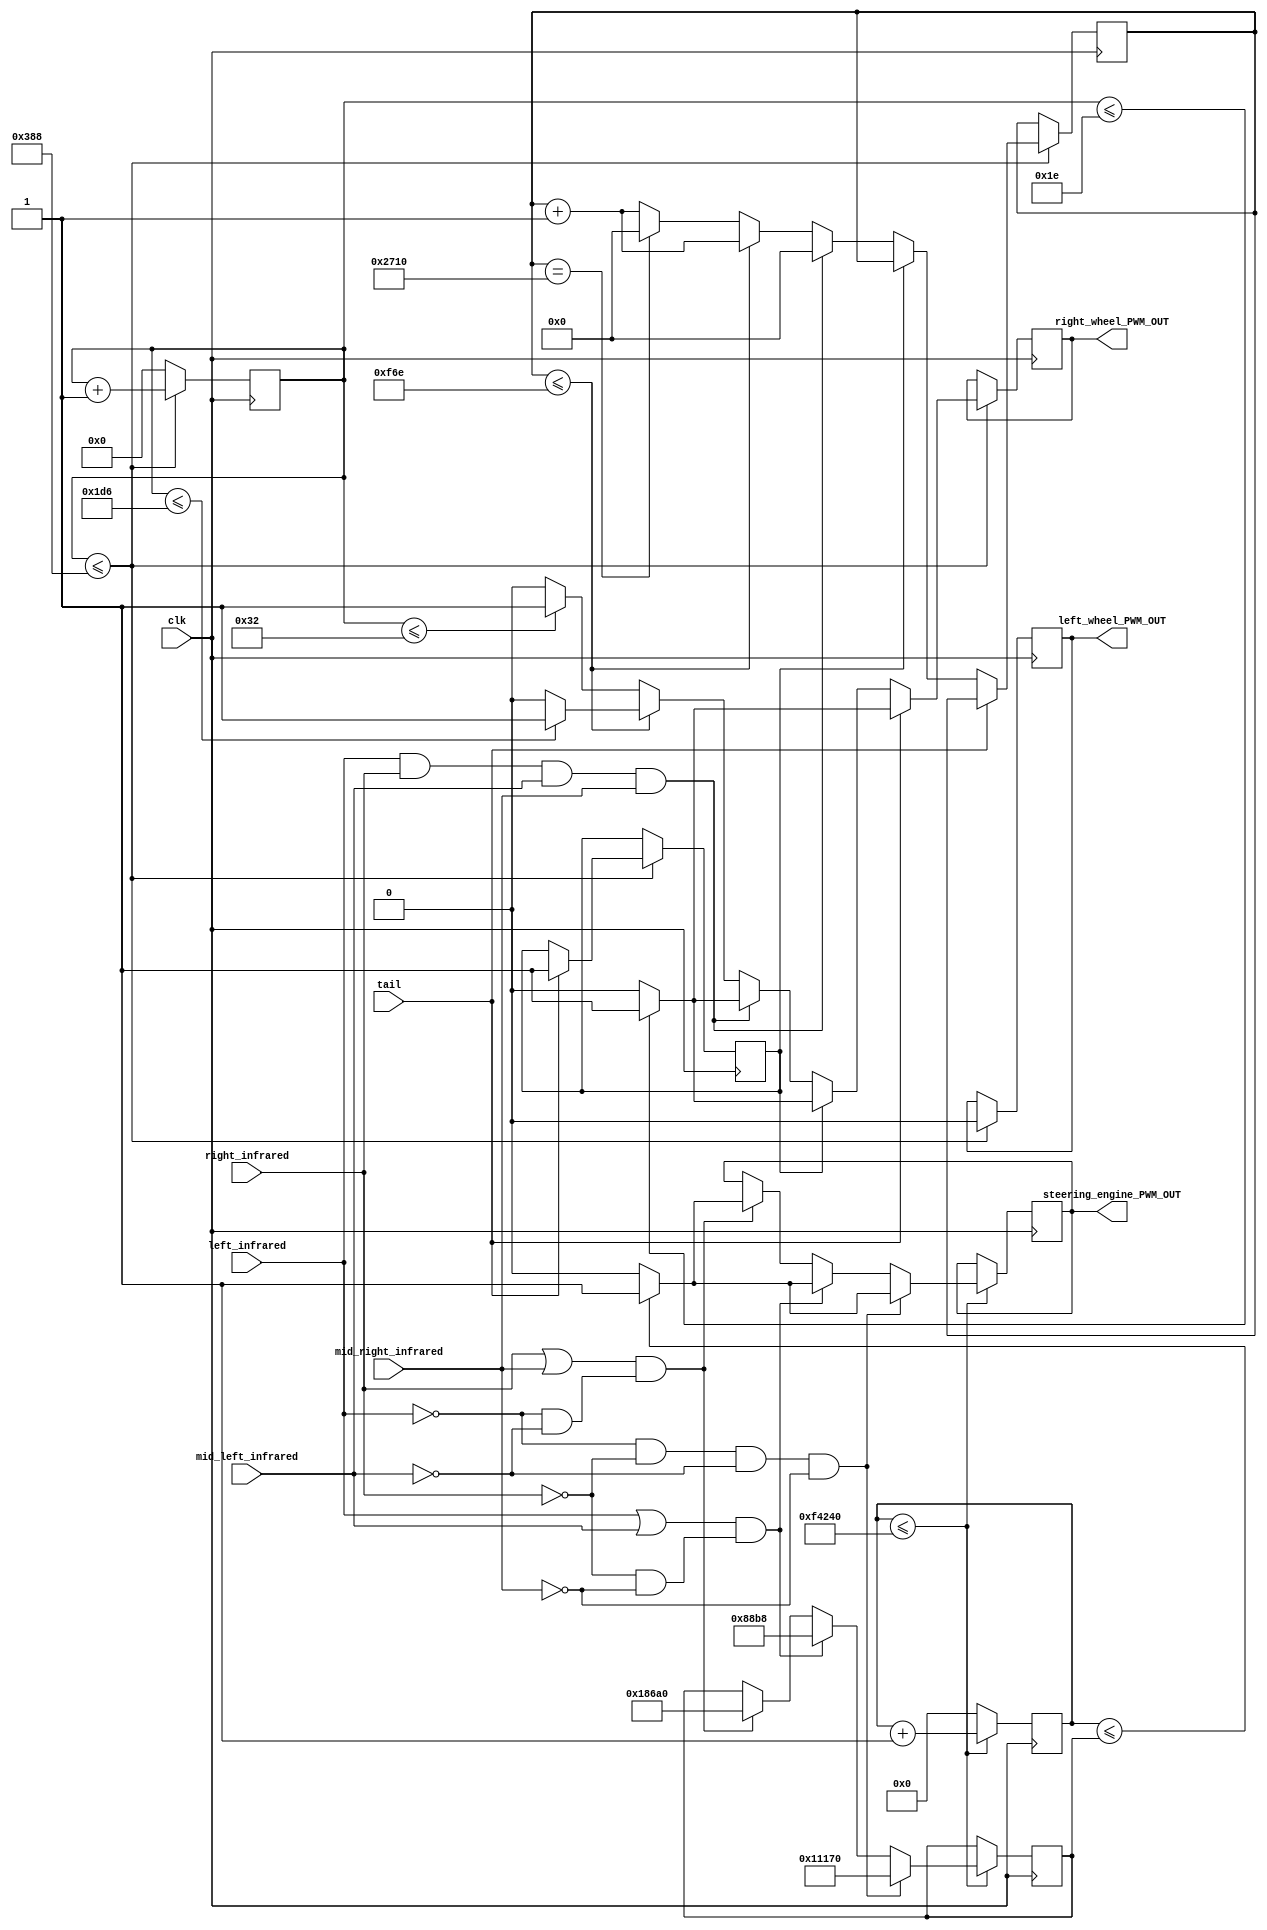
module xunji(clk,left_wheel_PWM_OUT,right_wheel_PWM_OUT,steering_engine_PWM_OUT,left_infrared,right_infrared,mid_right_infrared,mid_left_infrared,tail);

input		clk;
input		right_infrared;
input 	left_infrared; 
input		mid_right_infrared;
input		mid_left_infrared;
input    tail;
/*************************************************************************************************************************/

output reg right_wheel_PWM_OUT;
output reg left_wheel_PWM_OUT;
output reg steering_engine_PWM_OUT;
/**********************************************************************************************************/
reg   [19:0] 	steering_PWM_counter;
reg   [19:0] 	steering_PWM_counter_out;
reg   [9:0]		wheel_PWM_OUT;
reg	[25:0] cnt;
reg   flag;
reg [13:0]start5;
initial
	begin
		start5 <= 0;
		flag=0;
	end
	
	
always @(posedge clk)							//后轮输出控制
begin 
	if(wheel_PWM_OUT <= 10'd5000)
		begin
		wheel_PWM_OUT <= wheel_PWM_OUT + 1'b1;

		if (tail==1'b1)
		begin
		flag = 1;
		if(wheel_PWM_OUT<=10'd30)//20%
				begin
				right_wheel_PWM_OUT <= 1'b1;
				left_wheel_PWM_OUT  <= 1'b0;
				end
		else 
				begin
				right_wheel_PWM_OUT <= 1'b0;
				left_wheel_PWM_OUT  <= 1'b0;
				end
		end
		else if (flag ==1)
		begin
		if(wheel_PWM_OUT<=10'd30)//20%
				begin
				right_wheel_PWM_OUT <= 1'b1;
				left_wheel_PWM_OUT  <= 1'b0;
				end
		else 
				begin
				right_wheel_PWM_OUT <= 1'b0;
				left_wheel_PWM_OUT  <= 1'b0;
				end
		end
		
		else if(left_infrared == 1 && right_infrared == 1 && mid_left_infrared == 1 && mid_right_infrared == 1)
		begin
			start5 <= 0;
			if(wheel_PWM_OUT<=10'd30)//20%
				begin
				right_wheel_PWM_OUT <= 1'b1;
				left_wheel_PWM_OUT  <= 1'b0;
				end
			else 
				begin
				right_wheel_PWM_OUT <= 1'b0;
				left_wheel_PWM_OUT  <= 1'b0;
				end
		end
		
		else
		begin
		start5 <= start5 + 1;
		if(start5 <= 3950)
			begin
			if(wheel_PWM_OUT<=10'd470)//20%
				begin
				right_wheel_PWM_OUT <= 1'b1;
				left_wheel_PWM_OUT  <= 1'b0;
				end
				else 
				begin
				right_wheel_PWM_OUT <=1'b0;
				left_wheel_PWM_OUT  <= 1'b0;
				end
			end
		else
			begin
			if(wheel_PWM_OUT<=10'd50)//20%
				begin
				right_wheel_PWM_OUT <= 1'b1;
				left_wheel_PWM_OUT  <= 1'b0;
				end
			else 
				begin
				right_wheel_PWM_OUT <=1'b0;
				left_wheel_PWM_OUT  <= 1'b0;
				end
			if(start5 == 10000)
				start5 <= 0;
			end
			end
		end
	else 
		wheel_PWM_OUT <= 10'b0;
end



/****************************************************************************************************/
always @(posedge clk)
begin
if(steering_PWM_counter <=20'd100_0000)
	begin
	steering_PWM_counter <= steering_PWM_counter + 1'b1;
	if(left_infrared == 1'b0 && right_infrared == 1'b0 && mid_left_infrared == 1'b0 && mid_right_infrared == 1'b0)
		begin
		steering_PWM_counter_out <= 20'd70000	;	//0°
		if(steering_PWM_counter <= steering_PWM_counter_out)
			steering_engine_PWM_OUT <= 1'b1;
		else
			steering_engine_PWM_OUT <= 1'b0;
		end
	else if((left_infrared == 1'b1 || mid_left_infrared==1'b1)&& ((right_infrared == 1'b0)&&(mid_right_infrared == 1'b0)))
		begin
		steering_PWM_counter_out <= 20'd35000	;	//30°
		if(steering_PWM_counter <= steering_PWM_counter_out)
			steering_engine_PWM_OUT <= 1'b1;
		else
			steering_engine_PWM_OUT <= 1'b0;
		end	
	else if((right_infrared == 1'b1 || mid_right_infrared==1'b1)&& ((left_infrared == 1'b0)&&(mid_left_infrared == 1'b0)))
		begin
		steering_PWM_counter_out <= 20'd100000	;	//40°
		if(steering_PWM_counter <= steering_PWM_counter_out)
			steering_engine_PWM_OUT <= 1'b1;
		else
			steering_engine_PWM_OUT <= 1'b0;
		end
	end
else
	steering_PWM_counter  <= 20'b0;
end


endmodule